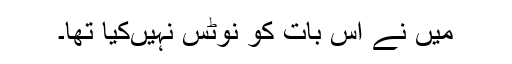
میں نے اس بات کو نوٹس نہیں‌کیا تھا۔